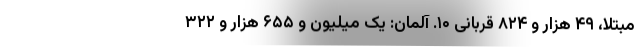
مبتلا، ۴۹ هزار و ۸۲۴ قربانی ۱۰. آلمان: یک میلیون و ۶۵۵ هزار و ۳۲۲